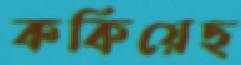
ককিয়েছ